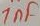
Text: 1nF